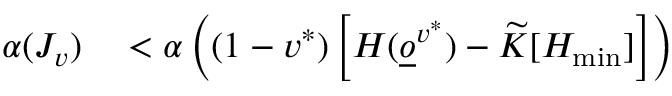
\begin{array} { r l } { \alpha ( J _ { v } ) } & { { } < \alpha \left( ( 1 - v ^ { * } ) \left[ H ( \underline { o } ^ { v ^ { * } } ) - \widetilde K [ H _ { \operatorname* { m i n } } ] \right] \right) } \end{array}